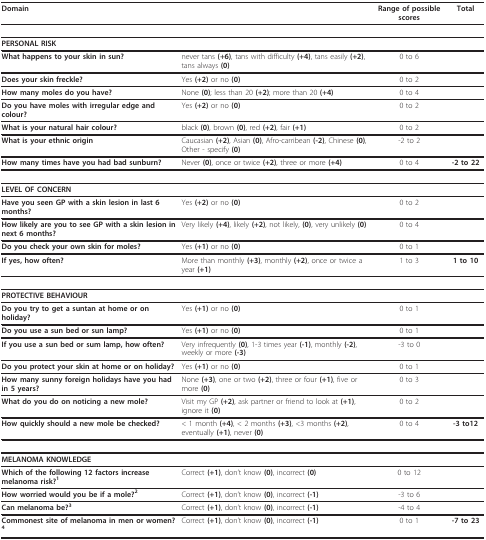
<table><thead><tr><td><b>Domain</b></td><td></td><td><b>Range of possible scores</b></td><td><b>Total</b></td></tr></thead><tbody><tr><td><b>PERSONAL RISK</b></td><td></td><td></td><td></td></tr><tr><td><b>What happens to your skin in sun?</b></td><td>never tans <b>(+6)</b>, tans with difficulty <b>(+4)</b>, tans easily <b>(+2)</b>, tans always <b>(0)</b></td><td>0 to 6</td><td></td></tr><tr><td><b>Does your skin freckle?</b></td><td>Yes <b>(+2) </b>or no <b>(0)</b></td><td>0 to 2</td><td></td></tr><tr><td><b>How many moles do you have?</b></td><td>None <b>(0)</b>; less than 20 <b>(+2)</b>; more than 20 <b>(+4)</b></td><td>0 to 4</td><td></td></tr><tr><td><b>Do you have moles with irregular edge and colour?</b></td><td>Yes <b>(+2) </b>or no <b>(0)</b></td><td>0 to 2</td><td></td></tr><tr><td><b>What is your natural hair colour?</b></td><td>black <b>(0)</b>, brown <b>(0)</b>, red <b>(+2)</b>, fair <b>(+1)</b></td><td>0 to 2</td><td></td></tr><tr><td><b>What is your ethnic origin</b></td><td>Caucasian <b>(+2)</b>, Asian <b>(0)</b>, Afro-carribean <b>(-2)</b>, Chinese <b>(0)</b>, Other - specify <b>(0)</b></td><td>-2 to 2</td><td></td></tr><tr><td><b>How many times have you had bad sunburn?</b></td><td>Never <b>(0)</b>, once or twice <b>(+2)</b>, three or more <b>(+4)</b></td><td>0 to 4</td><td><b>-2 to 22</b></td></tr><tr><td><b>LEVEL OF CONCERN</b></td><td></td><td></td><td></td></tr><tr><td><b>Have you seen GP with a skin lesion in last 6 months?</b></td><td>Yes <b>(+2) </b>or no <b>(0)</b></td><td>0 to 2</td><td></td></tr><tr><td><b>How likely are you to see GP with a skin lesion in next 6 months?</b></td><td>Very likely <b>(+4)</b>, likely <b>(+2)</b>, not likely, <b>(0)</b>, very unlikely <b>(0)</b></td><td>0 to 4</td><td></td></tr><tr><td><b>Do you check your own skin for moles?</b></td><td>Yes <b>(+1) </b>or no <b>(0)</b></td><td>0 to 1</td><td></td></tr><tr><td><b>If yes, how often?</b></td><td>More than monthly <b>(+3)</b>, monthly <b>(+2)</b>, once or twice a year <b>(+1)</b></td><td>1 to 3</td><td><b>1 to 10</b></td></tr><tr><td><b>PROTECTIVE BEHAVIOUR</b></td><td></td><td></td><td></td></tr><tr><td><b>Do you try to get a suntan at home or on holiday?</b></td><td>Yes <b>(+1) </b>or no <b>(0)</b></td><td>0 to 1</td><td></td></tr><tr><td><b>Do you use a sun bed or sun lamp?</b></td><td>Yes <b>(+1) </b>or no <b>(0)</b></td><td>0 to 1</td><td></td></tr><tr><td><b>If you use a sun bed or sum lamp, how often?</b></td><td>Very infrequently <b>(0)</b>, 1-3 times year <b>(-1)</b>, monthly <b>(-2)</b>, weekly or more <b>(-3)</b></td><td>-3 to 0</td><td></td></tr><tr><td><b>Do you protect your skin at home or on holiday?</b></td><td>Yes <b>(+1) </b>or no <b>(0)</b></td><td>0 to 1</td><td></td></tr><tr><td><b>How many sunny foreign holidays have you had in 5 years?</b></td><td>None <b>(+3)</b>, one or two <b>(+2)</b>, three or four <b>(+1)</b>, five or more <b>(0)</b></td><td>0 to 3</td><td></td></tr><tr><td><b>What do you do on noticing a new mole?</b></td><td>Visit my GP <b>(+2)</b>, ask partner or friend to look at <b>(+1)</b>, ignore it <b>(0)</b></td><td>0 to 2</td><td></td></tr><tr><td><b>How quickly should a new mole be checked?</b></td><td>&lt; 1 month <b>(+4)</b>, &lt; 2 months <b>(+3)</b>, &lt;3 months <b>(+2)</b>, eventually <b>(+1)</b>, never <b>(0)</b></td><td>0 to 4</td><td><b>-3 to12</b></td></tr><tr><td><b>MELANOMA KNOWLEDGE</b></td><td></td><td></td><td></td></tr><tr><td><b>Which of the following 12 factors increase melanoma risk?<sup>1</sup></b></td><td>Correct <b>(+1)</b>, don&#x27;t know <b>(0)</b>, incorrect <b>(0)</b></td><td>0 to 12</td><td></td></tr><tr><td><b>How worried would you be if a mole?<sup>2</sup></b></td><td>Correct <b>(+1)</b>, don&#x27;t know <b>(0)</b>, incorrect <b>(-1)</b></td><td>-3 to 6</td><td></td></tr><tr><td><b>Can melanoma be?<sup>3</sup></b></td><td>Correct <b>(+1)</b>, don&#x27;t know <b>(0)</b>, incorrect <b>(-1)</b></td><td>-4 to 4</td><td></td></tr><tr><td><b>Commonest site of melanoma in men or women?<sup>4</sup></b></td><td>Correct <b>(+1)</b>, don&#x27;t know <b>(0)</b>, incorrect <b>(-1)</b></td><td>0 to 1</td><td><b>-7 to 23</b></td></tr></tbody></table>